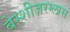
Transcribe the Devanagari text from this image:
बेस्शीज़रग्लास